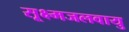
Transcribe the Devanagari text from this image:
सूक्ष्मजलवायु